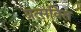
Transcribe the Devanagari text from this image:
प्रत्सवित